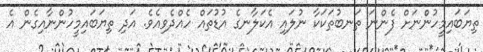
ތިޔަބައިމީހުންނަށް ފެންނަ ތަނބުތަކަކާ ނުލައި އެކަލާނގެ އުޑުތައް ހެއްދެވިއެވެ. އަދި ތިޔަބައިމީހުންނާއިގެން އެ